Plague in India, 1896, 1897 - Volume 1
Year: 1896
Disease focus: Plague
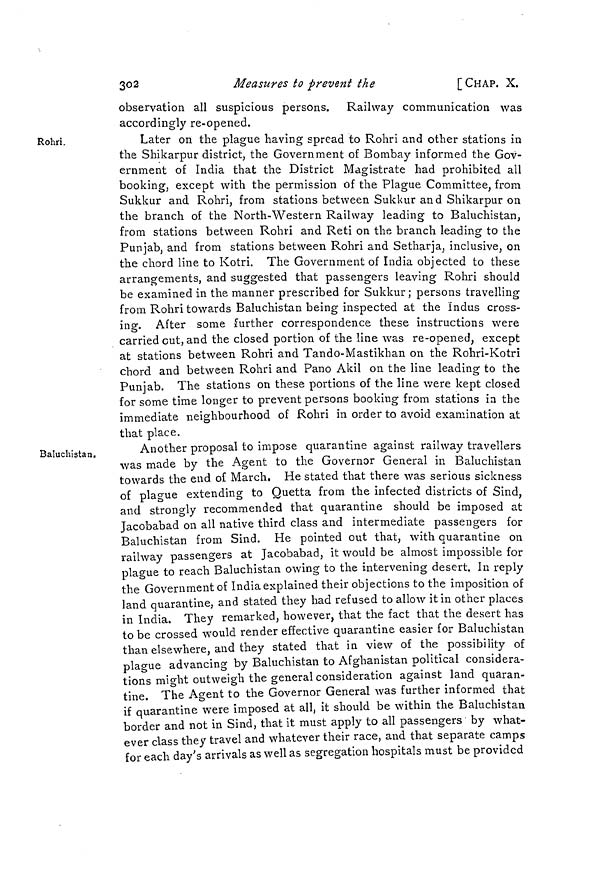
302
Measures to prevent the
[CHAP. X.
observation all suspicious persons. Railway communication was
accordingly re-opened.
Rohri.
Later on the plague having spread to Rohri and other stations in
the Shikarpur district, the Government of Bombay informed the Gov-
ernment of India that the District Magistrate had prohibited all
booking, except with the permission of the Plague Committee, from
Sukkur and Rohri, from stations between Sukkur and Shikarpur on
the branch of the North-Western Railway leading to Baluchistan,
from stations between Rohri and Reti on the branch leading to the
Punjab, and from stations between Rohri and Setharja, inclusive, on
the chord line to Kotri. The Government of India objected to these
arrangements, and suggested that passengers leaving Rohri should
be examined in the manner prescribed for Sukkur; persons travelling
from Rohri towards Baluchistan being inspected at the Indus cross-
ing. After some further correspondence these instructions were
carried cut, and the closed portion of the line was re-opened, except
at stations between Rohri and Tando-Mastikhan on the Rohri-Kotri
chord and between Rohri and Pano Akil on the line leading to the
Punjab. The stations on these portions of the line were kept closed
for some time longer to prevent persons booking from stations in the
immediate neighbourhood of Rohri in order to avoid examination at
that place.
Baluchistan.
Another proposal to impose quarantine against railway travellers
was made by the Agent to the Governor General in Baluchistan
towards the end of March. He stated that there was serious sickness
of plague extending to Quetta from the infected districts of Sind,
and strongly recommended that quarantine should be imposed at
Jacobabad on all native third class and intermediate passengers for
Baluchistan from Sind. He pointed out that, with quarantine on
railway passengers at Jacobabad, it would be almost impossible for
plague to reach Baluchistan owing to the intervening desert. In reply
the Government of India explained their objections to the imposition of
land quarantine, and stated they had refused to allow it in other places
in India. They remarked, however, that the fact that the desert has
to be crossed would render effective quarantine easier for Baluchistan
than elsewhere, and they stated that in view of the possibility of
plague advancing by Baluchistan to Afghanistan political considera-
tions might outweigh the general consideration against land quaran-
tine The Agent to the Governor General was further informed that
if quarantine were imposed at all, it should be within the Baluchistan
border and not in Sind, that it must apply to all passengers by what-
ever class they travel and whatever their race, and that separate camps
for each day's arrivals as well as segregation hospitals must be provided